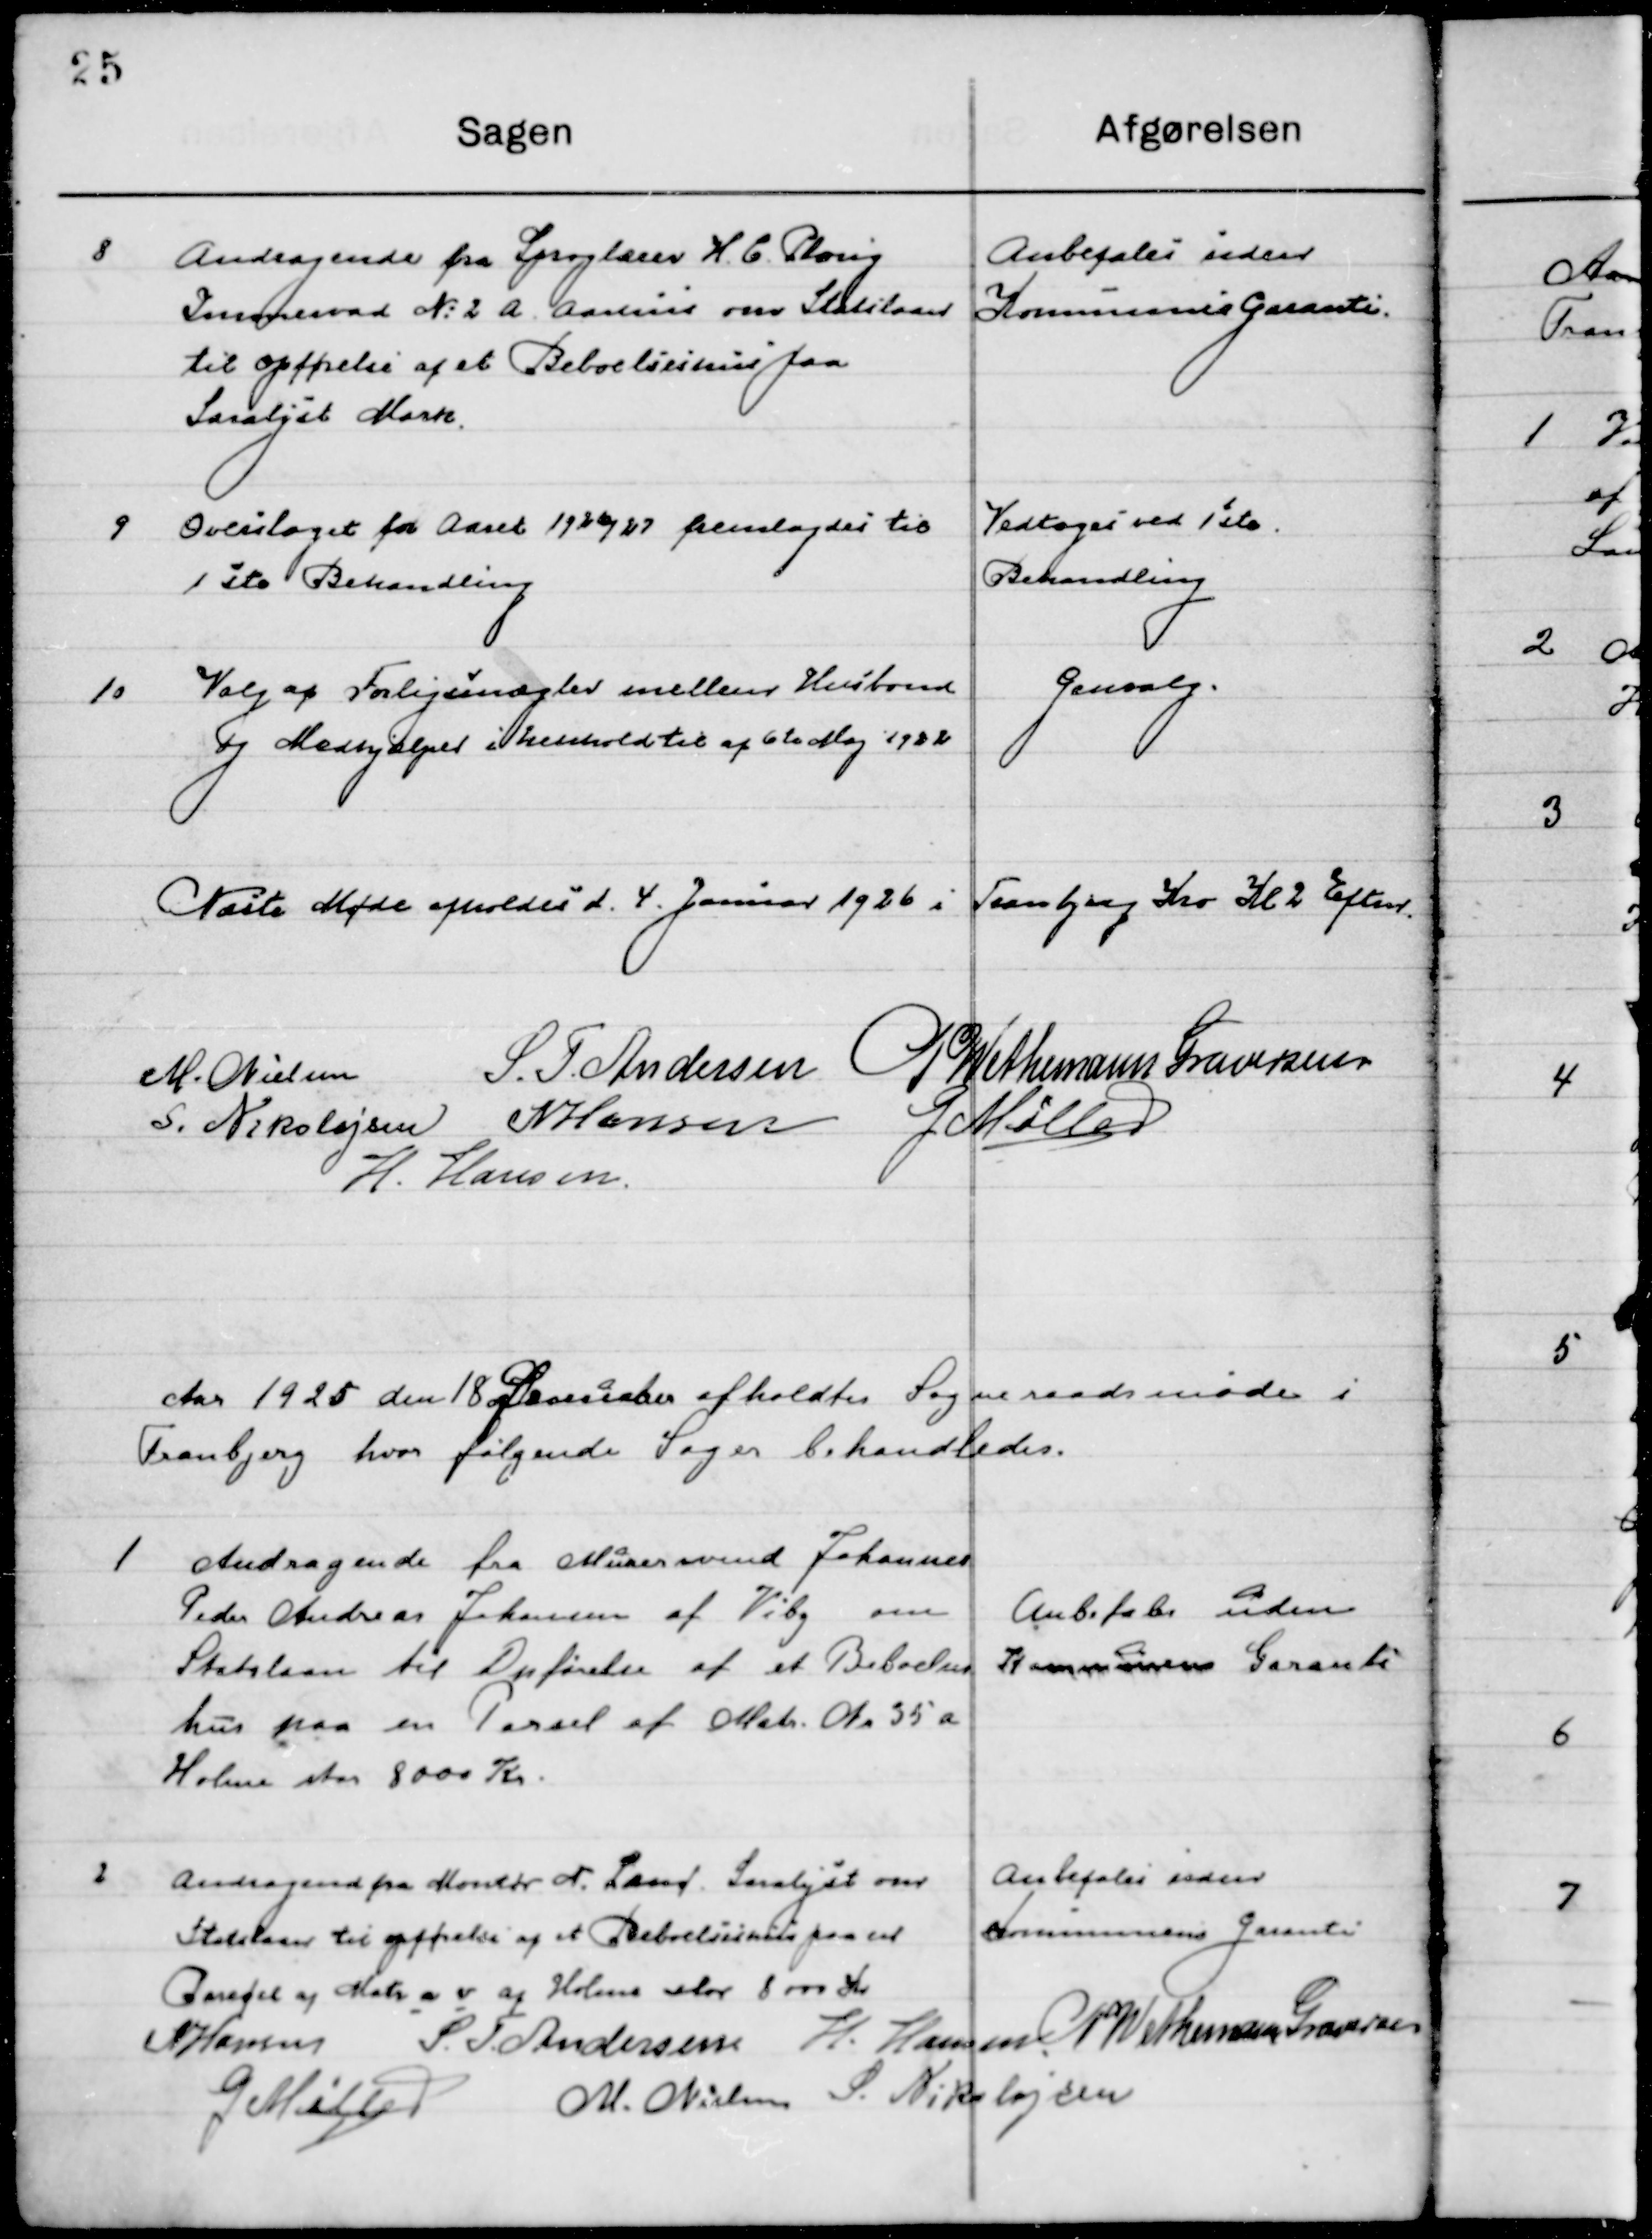
Transskription:
8

Andragende fra Sproglærer H. C. Ploug
Immervad No. 2 a Aarhus om Statslaan
Til opførelse af et Beboelseshus paa 
Saralyst Mark.

Anbefales uden
Kommunens garanti

9

Overslaget for Aaret 1926/27 fremsendes til 
1ste Behandling

Vedtoges ved 1ste
Behandling

10

Valg af forligsmægler mellem Husbond
og Medhjælper i Henhold til af 6de Maj 1922.

Genvalg

Næste Møde afholdes d. 4. Januar 1926 i Tranbjerg Kro Kl. 2  Eftermd.

M. Nielsen
S. F. Andersen
P. Wethemann Graversen
S. Nikolajsen
N. Hansen
G. Møller
H. Hansen

Aaret 1925 den 18 December afholdtes Sogneraadsmøde i 
Tranbjerg hvor følgende Sager behandledes.

1

Andragende fra Murersvend Johannes
Peder Andreas Johansen af Viby om
Statslaan til til Opførelse af et Beboelses-
hus paa en Parsel af Matr. No. 35 a
Holme stor 8000 Kr.

Anbefales uden
Kommunens garanti

2

Andragende fra Montør N. Land, Saralyst om
Statslaan til til Opførelse af et Beboelseshus paa en 	
Parsel af Matr. a v af Holme stor 8000 Kr.

Anbefales uden
Kommunens garanti

N. Hansen
S. F. Andersen
H. Hansen
P. Wethemann Graversen
G. Møller
M. Nielsen
S. Nikolajsen